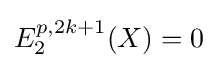
E_{2}^{p,2k+1}(X)=0